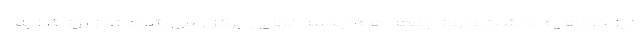
نیز خواهیم داشت و روز جمعه هم جلسه نهایی برگزار می شود تا از روز شنبه